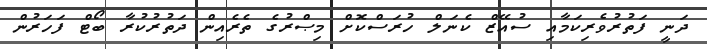
ދަނީ ފަތުރުވެރިކަމާއި ސުއޭޒް ކެނަލް ހުރަސްކޮށް މިޞްރުގެ ތެރެއިން ދަތުރުކުރާ ބޯޓް ފަހަރުން